Lunatic asylums Madras 1877-1891 - 1877-1891
Year: 1877
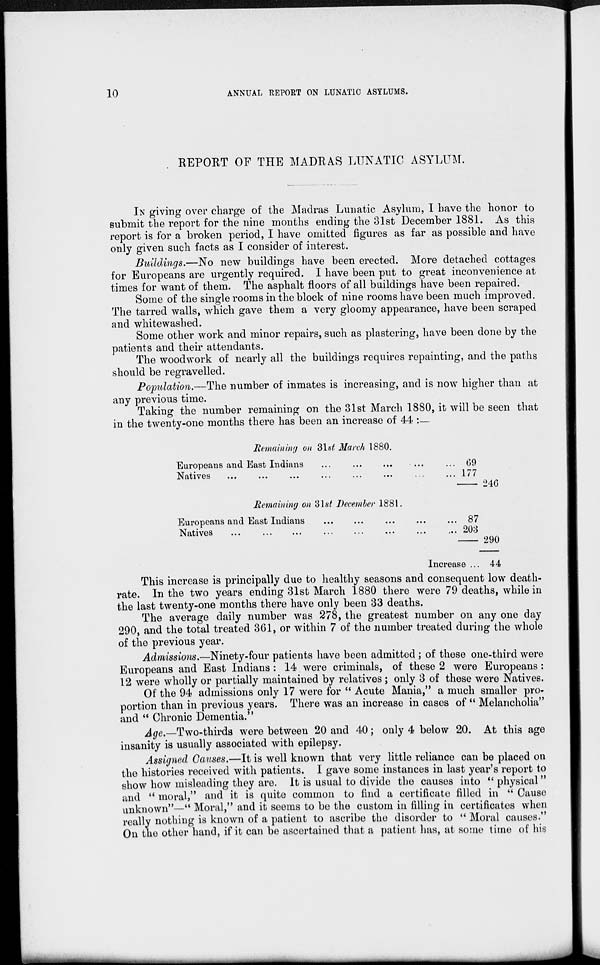
10
ANNUAL REPORT ON LUNATIC ASYLUMS.
REPORT OF THE MADRAS LUNATIC ASYLUM.
IN giving over charge of the Madras Lunatic Asylum, I have the honor to
submit the report for the nine months ending the 31st December 1881. As this
report is for a broken period, I have omitted figures as far as possible and have
only given such facts as I consider of interest.
Buildings.—No new buildings have been erected. More detached cottages
for Europeans are urgently required. I have been put to great inconvenience at
times for want of them. The asphalt floors of all buildings have been repaired.
Some of the single rooms in the block of nine rooms have been much improved.
The tarred walls, which gave them a very gloomy appearance, have been scraped
and whitewashed.
Some other work and minor repairs, such as plastering, have been done by the
patients and their attendants.
The woodwork of nearly all the buildings requires repainting, and the paths
should be regravelled.
Population.—The number of inmates is increasing, and is now higher than at
any previous time.
Taking the number remaining on the 31st March 1880, it will be seen that
in the twenty-one months there has been an increase of 44 :—
Remaining on 31st March 1880.
Europeans and East Indians ... ... ... ... ...
Natives ... ... ... ... ... ... ...
Remaining on 31st December 1881.
Europeans and East Indians ... ... ... ... ...
Natives
... ... ... ... ... ... ...
Increase ...
69
177
—240
87
203
—290
44
This increase is principally due to healthy seasons and consequent low death-
rate. In the two years ending 31st March 1880 there were 79 deaths, while in
the last twenty-one months there have only been 33 deaths.
The average daily number was 278, the greatest number on any one day
290, and the total treated 361, or within 7 of the number treated during the whole
of the previous year.
Admissions.—Ninety-four patients have been admitted ; of these one-third were
Europeans and East Indians : 14 were criminals, of these 2 were Europeans :
12 were wholly or partially maintained by relatives ; only 3 of these were Natives.
Of the 94 admissions only 17 were for " Acute Mania," a much smaller pro¬
portion than in previous years. There was an increase in cases of " Melancholia"
and " Chronic Dementia."
Age.—Two-thirds were between 20 and 40; only 4 below 20. At this age
insanity is usually associated with epilepsy.
Assigned Causes.—It is well known that very little reliance can be placed on
the histories received with patients. I gave some instances in last year's report to
show how misleading they are. It is usual to divide the causes into " physical"
and " moral," and it is quite common to find a certificate filled in " Cause
unknown"—" Moral," and it seems to be the custom in filling in certificates when
really nothing is known of a patient to ascribe the disorder to " Moral causes."
On the other hand, if it can be ascertained that a patient has, at some time of his